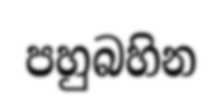
පහුබහින